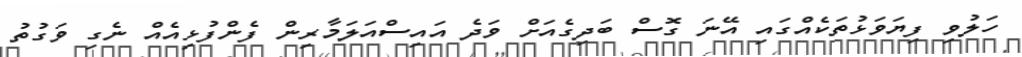
ހަލުވި ފިޔަވަޅުތަކެއްގައި އޭނަ ގޮސް ބަދިގެއަށް ވަދެ އައިސްއަލަމާރިން ފެންފުޅިއެއް ނެގި ވަގުތު